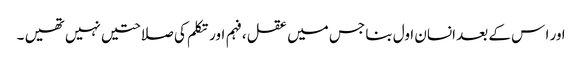
ا ور ا س کے بعد انسان اول بنا جس میں عقل ،فہم اور تکلم کی صلاحتیں نہیں تھیں ۔